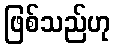
ဖြစ်သည်ဟု